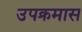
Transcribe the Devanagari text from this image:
उपक्रमास